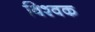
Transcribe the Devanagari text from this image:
विश्वक